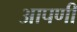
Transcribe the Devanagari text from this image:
आपणी